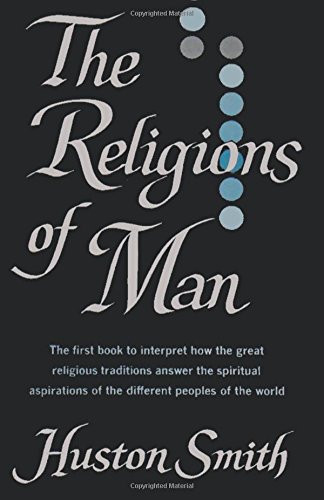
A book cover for The Religions of Man; Huston Smith; Religion & Spirituality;